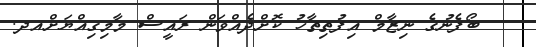
ބޯފެނުގެ ނިޒާމް އިފުތިތާހު ކޮށްދެއްވަން ރައީސް މާމިގިއްޔަށްއދ.